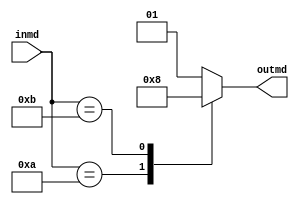
module md_sel(inmd,outmd);
	input[3:0]inmd;
	output reg[1:0]outmd;
	always @ (inmd)
		case(inmd)
			4'd10:outmd = 2'b10;
			4'd11:outmd = 2'b00;
			default:outmd = 2'b01;
		endcase
endmodule